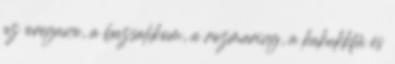
az oregano, a bazsalikom, a rozmaring, a kakukkfű és